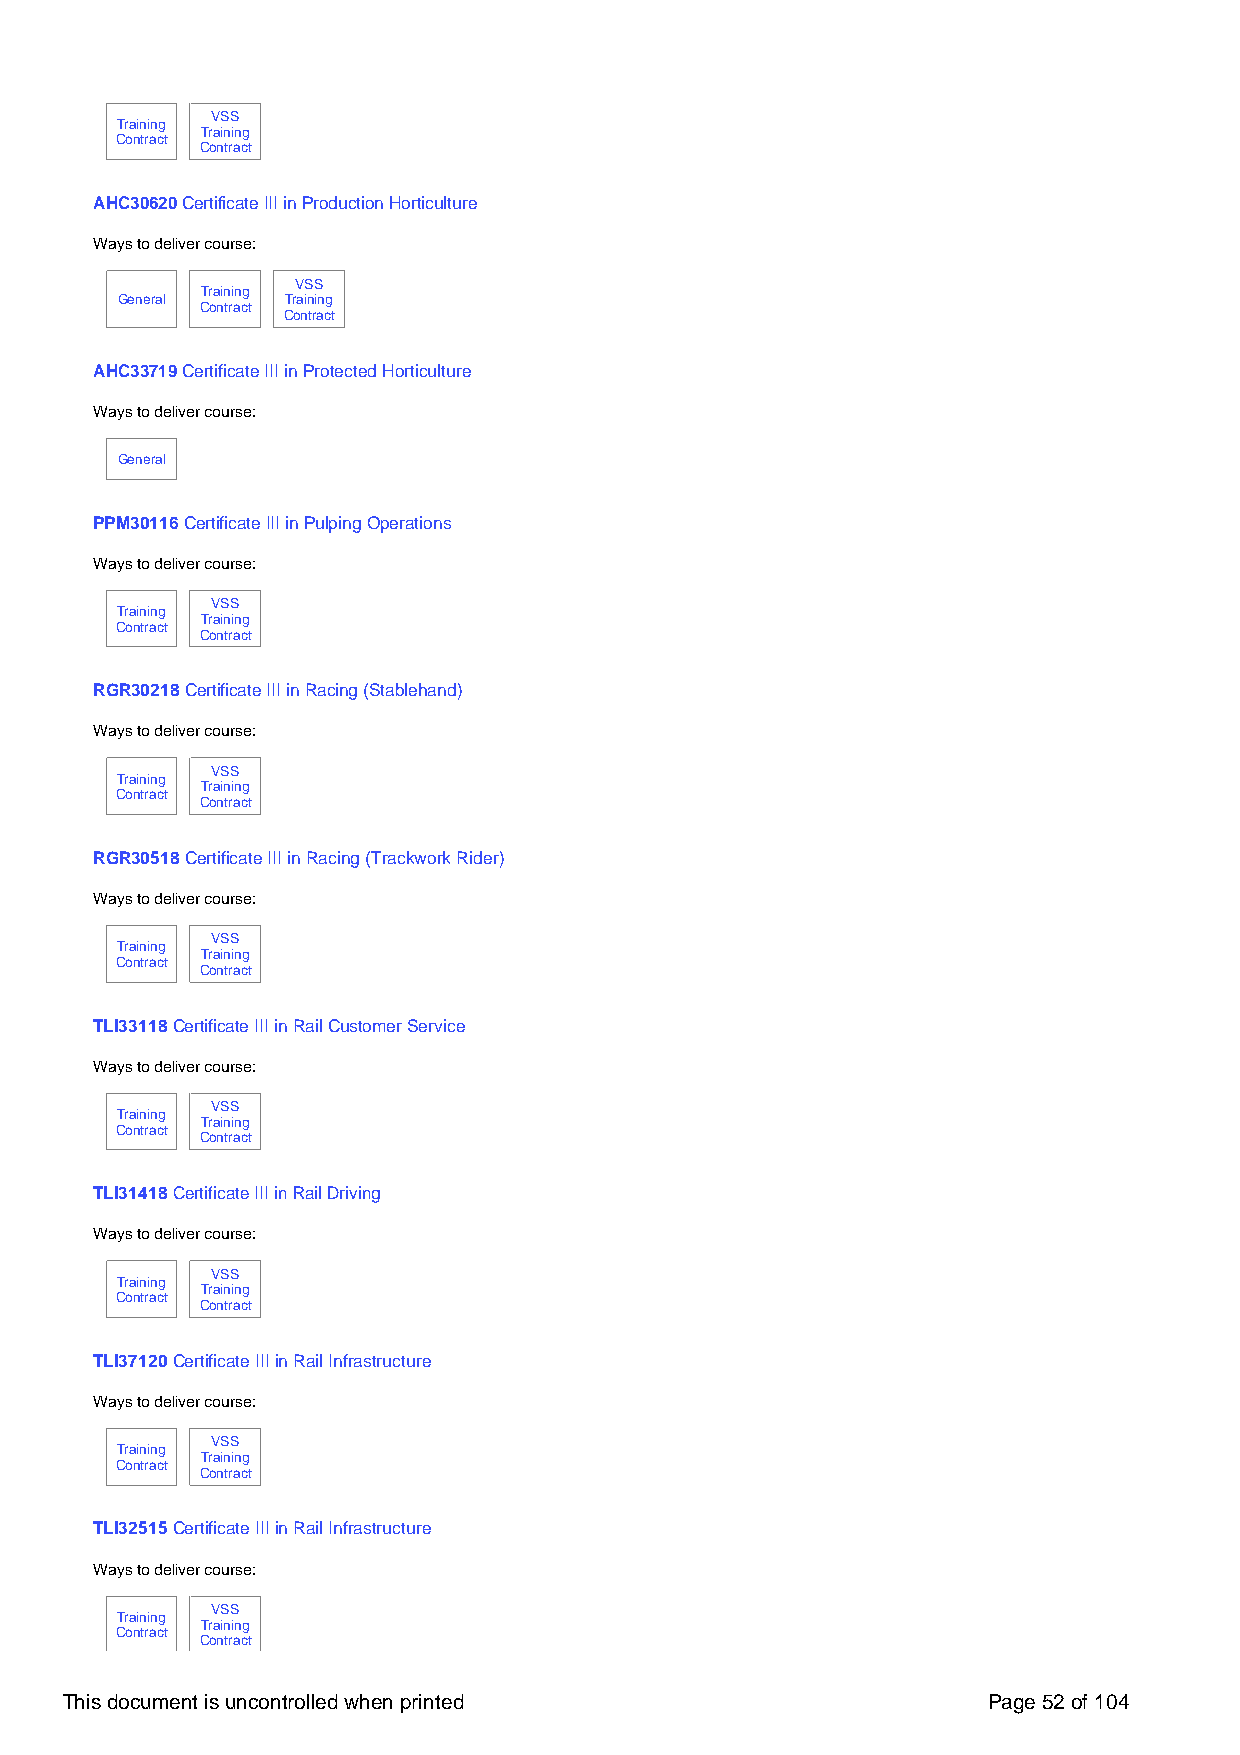
VSS
 Training
 Training
 Contract
 Contract
 AHC30620 Certificate III in Production Horticulture
 Ways to deliver course:
 VSS
 Training
 General    Training
 Contract
 Contract
 AHC33719 Certificate III in Protected Horticulture
 Ways to deliver course:
 General
 PPM30116 Certificate III in Pulping Operations
 Ways to deliver course:
 VSS
 Training
 Training
 Contract
 Contract
 RGR30218 Certificate III in Racing (Stablehand)
 Ways to deliver course:
 VSS
 Training
 Training
 Contract
 Contract
 RGR30518 Certificate III in Racing (Trackwork Rider)
 Ways to deliver course:
 VSS
 Training
 Training
 Contract
 Contract
 TLI33118 Certificate III in Rail Customer Service
 Ways to deliver course:
 VSS
 Training
 Training
 Contract
 Contract
 TLI31418 Certificate III in Rail Driving
 Ways to deliver course:
 VSS
 Training
 Training
 Contract
 Contract
 TLI37120 Certificate III in Rail Infrastructure
 Ways to deliver course:
 VSS
 Training
 Training
 Contract
 Contract
 TLI32515 Certificate III in Rail Infrastructure
 Ways to deliver course:
 VSS
 Training
 Training
 Contract
 Contract
 This document is uncontrolled when printed                   Page 52 of 104